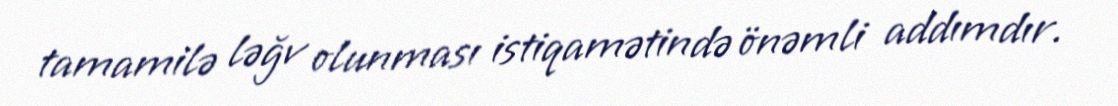
tamamilə ləğv olunması istiqamətində önəmli addımdır.